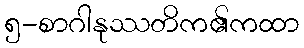
၅-စာဂါနုဿတိက၏ကထာ